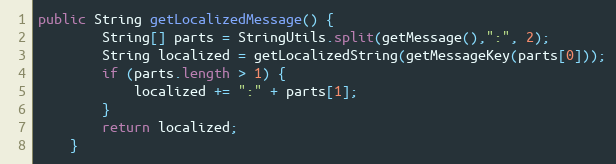
Language: Java
public String getLocalizedMessage() {
        String[] parts = StringUtils.split(getMessage(),":", 2);
        String localized = getLocalizedString(getMessageKey(parts[0]));
        if (parts.length > 1) {
            localized += ":" + parts[1];
        }
        return localized;
    }